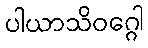
ပါယာသိဝဂ္ဂေါ